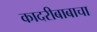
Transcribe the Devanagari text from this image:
कादरीबाबाचा